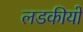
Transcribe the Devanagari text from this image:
लडकीयों